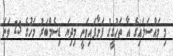
މި މައްސަލައިގެ އާ ތަހުގީގު ފަށާފައިވަނީ މިދިޔަ ޑިސެމްބަރު މަހުގެ 23 ވަނަ